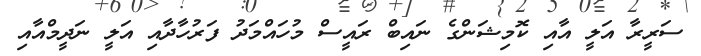
ސަރީރާ އަލީ އާއި ކޮމިޝަންގެ ނައިބް ރައީސް މުހައްމަދު ފަރުހާދާއި އަލީ ނަދީމްއާއި